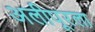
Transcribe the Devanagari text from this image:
अलीपूरला